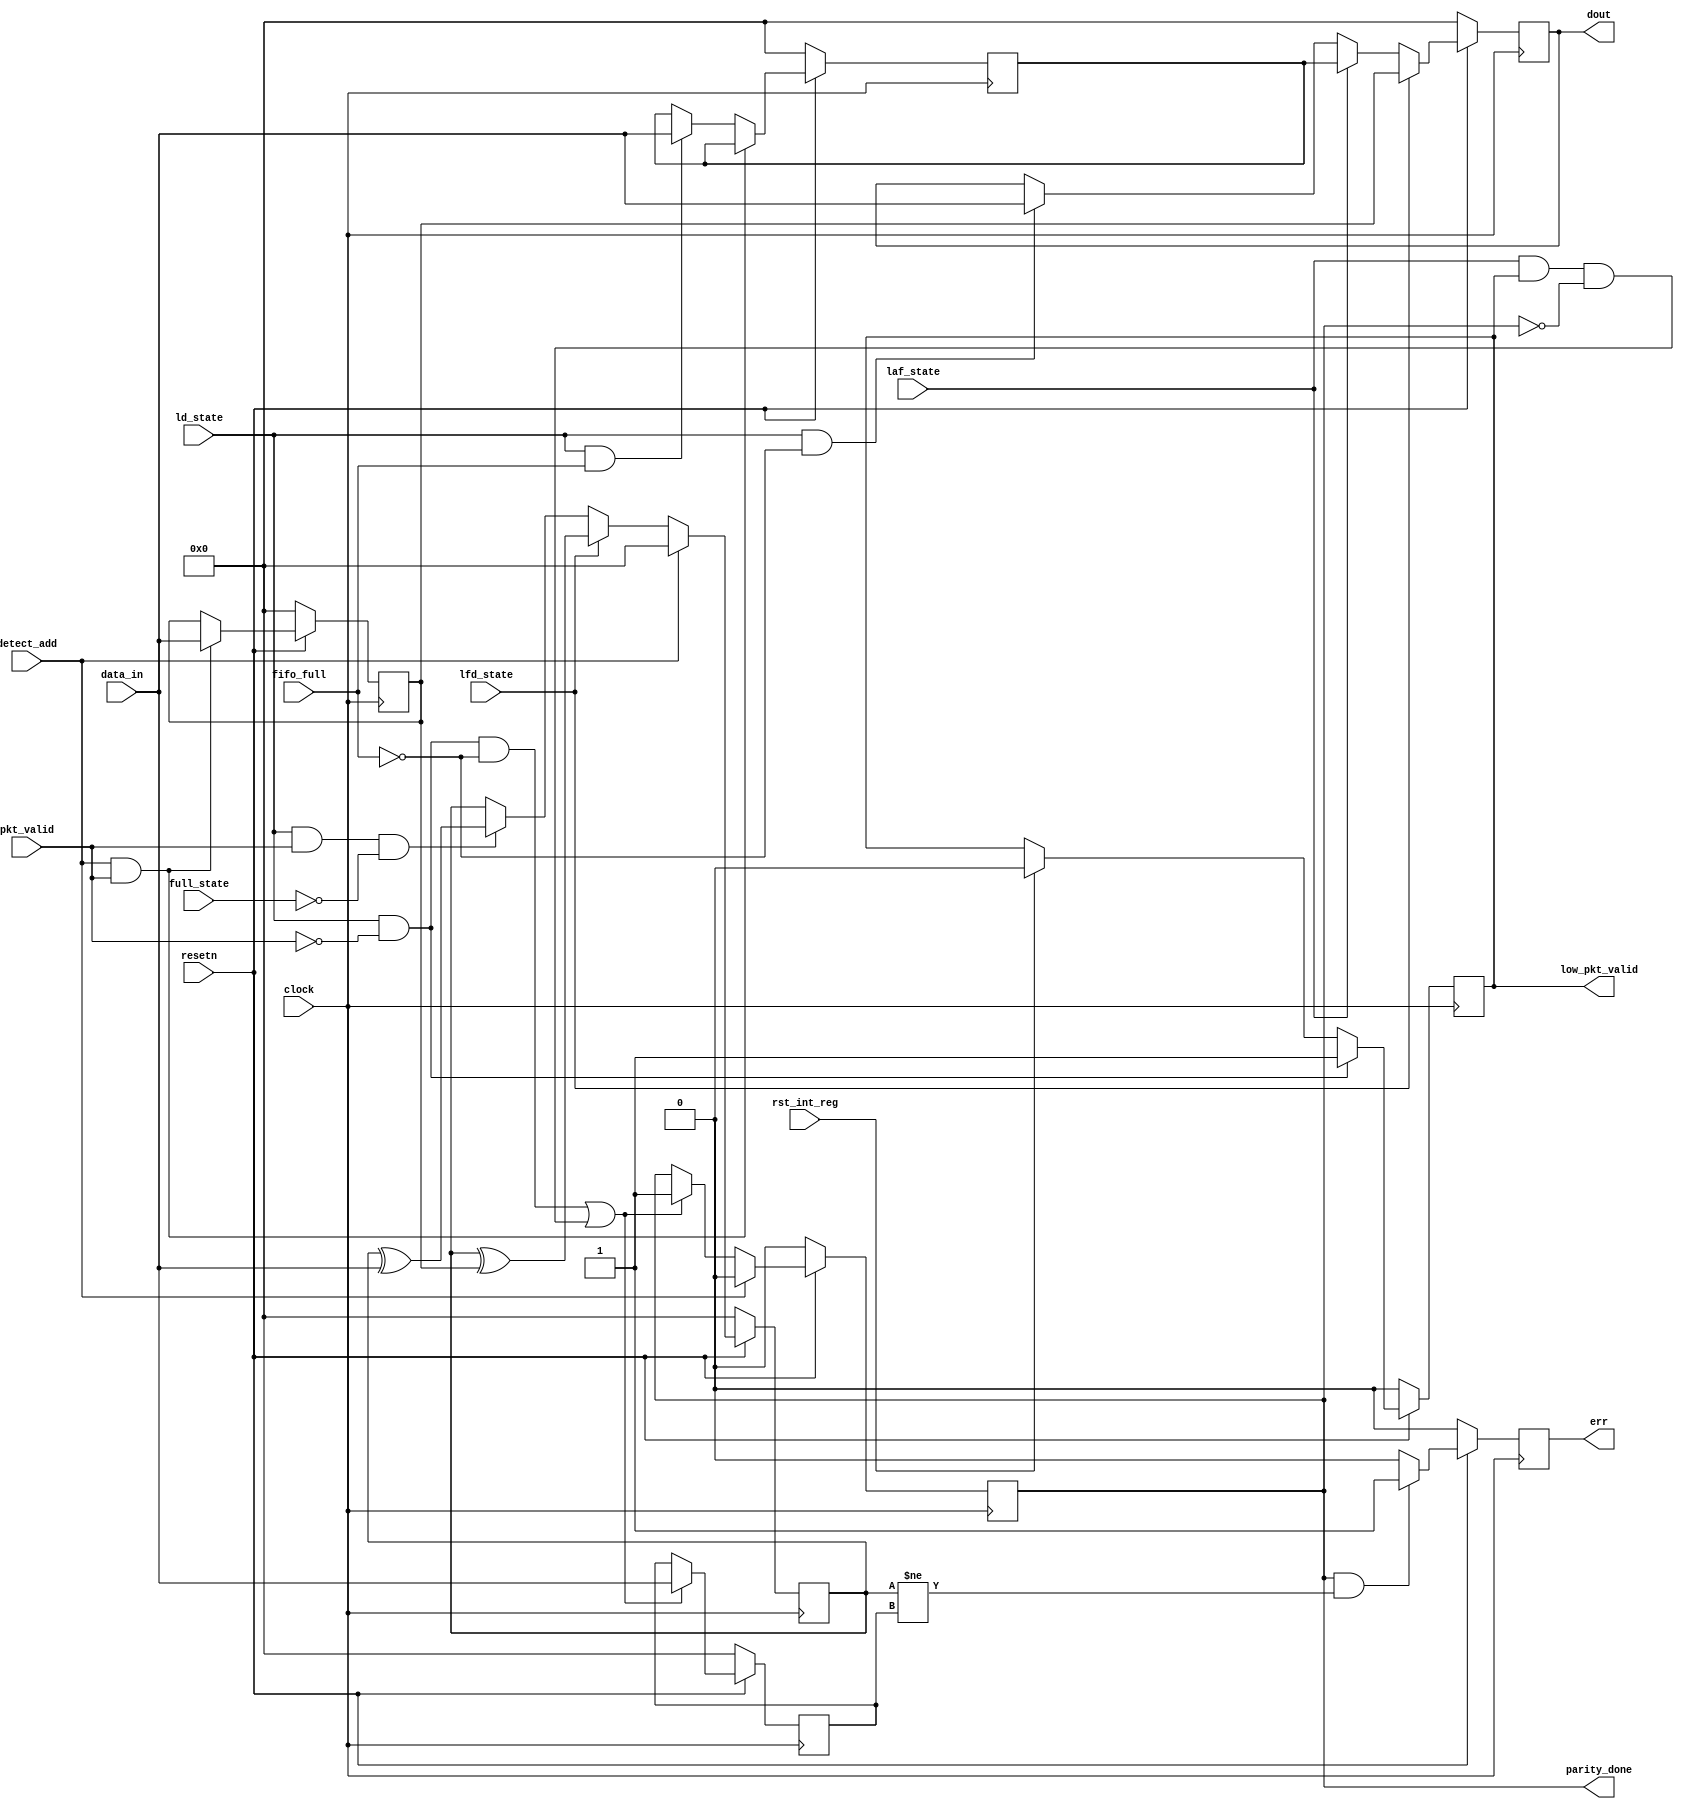
module router_reg (input clock,
    resetn,
    pkt_valid,
    fifo_full,
    rst_int_reg,
    detect_add,
    ld_state,
    laf_state,
    full_state,
    lfd_state,
    input [7:0] data_in,
    output reg parity_done,
    low_pkt_valid,
    err,
    output reg [7:0] dout);
    reg [7:0] header_byte, fifo_full_state_byte, internal_parity, packet_parity;
    // Logic to store header byte and FIFO full state byte
    always@(posedge clock)
        begin
            if(!resetn)
                begin
                    header_byte <= 0;
                    fifo_full_state_byte <= 0;
                end
            else if(detect_add && pkt_valid)
                header_byte <= data_in;
            else if(ld_state && fifo_full)
                fifo_full_state_byte <= data_in;
        end
    // Logic for dout
    always@(posedge clock)
    begin
        if(!resetn)
            dout <= 0;
        else if(lfd_state)
            dout <= header_byte;
        else if(laf_state)
            dout <= fifo_full_state_byte;
        else if(ld_state && !fifo_full)
            dout <= data_in;
    end
    // Logic for parity_done
    always@(posedge clock)
    begin
        if(!resetn)
            parity_done <= 0;
        else if(detect_add)
            parity_done <= 0;
        else if((ld_state && !pkt_valid && !fifo_full) || (laf_state && low_pkt_valid && !parity_done))
            parity_done <= 1'b1;
    end
    // Logic for low_pkt_valid
    always@(posedge clock)
    begin
        if(!resetn)
            low_pkt_valid <= 0;
        else if(ld_state && !pkt_valid)
            low_pkt_valid <= 1'b1;
        else if(rst_int_reg)
            low_pkt_valid <= 0;
    end
    // Logic for internal_parity
    always@(posedge clock)
    begin
        if(!resetn)
            internal_parity <= 0;
        else if(detect_add)
            internal_parity <= 0;
        else if(lfd_state)
            internal_parity <= internal_parity ^ header_byte;
        else if(ld_state && pkt_valid && !full_state)
            internal_parity <= internal_parity ^ data_in;
    end
    // Logic for packet_parity
    always@(posedge clock)
    begin
        if(!resetn)
            packet_parity <= 0;
        else if((ld_state && !pkt_valid && !fifo_full) || (laf_state && low_pkt_valid && !parity_done))
            packet_parity <= data_in;
    end
    // Logic for err
    always@(posedge clock)
    begin
        if(!resetn)
            err <= 0;
        else if(parity_done && (internal_parity != packet_parity))
            err <= 1'b1;
        else
            err <= 0;
    end
endmodule